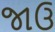
જાઉ